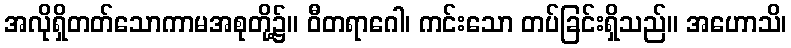
အလိုရှိတတ်သောကာမအစုတို့၌။ ဝီတရာဂေါ၊ ကင်းသော တပ်ခြင်းရှိသည်။ အဟောသိ၊